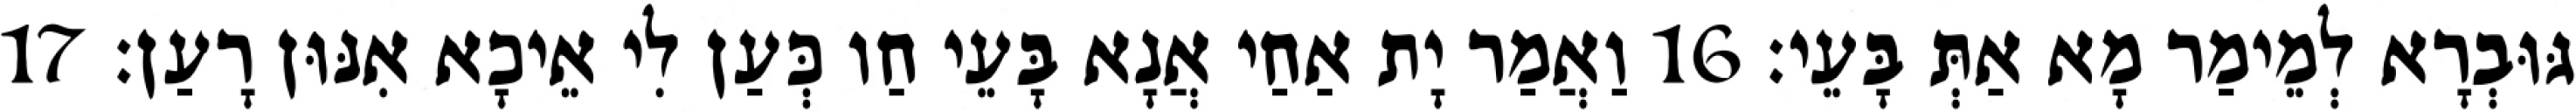
גּוּבְרָא לְמֵימַר מָא אַתְּ בָּעֵי׃ 16 וַאֲמַר יָת אַחַי אֲנָא בָּעֵי חַו כְּעַן לִי אֵיכָא אִנּוּן רָעַן׃ 17